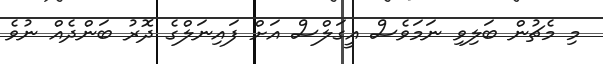
މި މެޗުން ބަލިވި ނަމަވެސް އީގަލްސް އަށް ފައިނަލްގެ ދޮރު ބަންދެއް ނުވެ